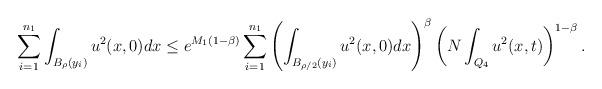
LaTeX: \begin{align*}\sum_{i=1}^{n_1}\int_{B_{\rho}(y_i)}u^2(x,0)dx \le e^{M_1(1-\beta)}\sum_{i=1}^{n_1} \left(\int_{B_{\rho/2}(y_i)}u^2(x,0)dx\right)^{\beta}\left(N\int_{Q_{4}} u^2( x, t)\right)^{1-\beta}.\end{align*}